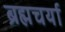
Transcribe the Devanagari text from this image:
ब्रह्मचर्या